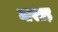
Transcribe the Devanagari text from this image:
माखाड़